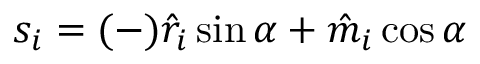
s _ { i } = ( - ) \hat { r } _ { i } \sin \alpha + \hat { m } _ { i } \cos \alpha